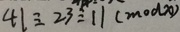
4 1 \equiv 2 3 \equiv 1 1 ( m o d x )